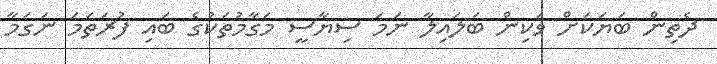
ދެތިން ބަޔަކަށް ވަކިން ބަލައިލާ ނަމަ ސިޔާސީ މަގާމުތަކުގެ ބައި ފުރަތަމަ ނަގަމާ